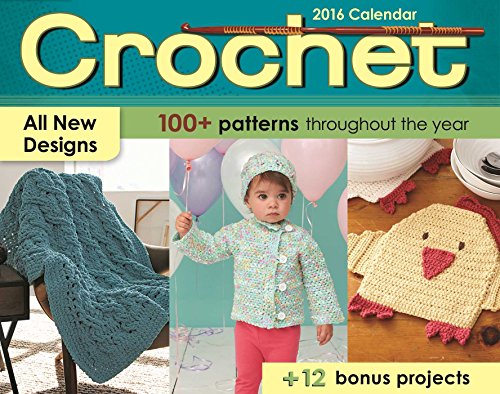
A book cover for Crochet 2016 Day-to-Day Calendar; Susan Ripley; Crafts, Hobbies & Home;